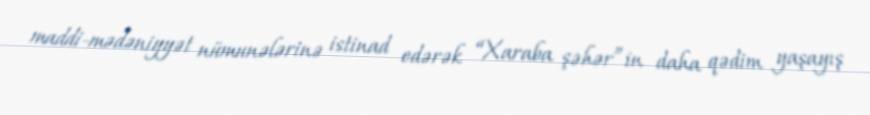
maddi-mədəniyyət nümunələrinə istinad edərək “Xaraba şəhər”in daha qədim yaşayış